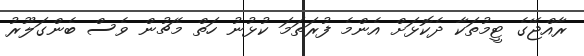
ރާއްޖޭގެ ޓީމުތަކާ ދެކޮޅަށް އެންމެ ފުރަތަމަ ކުޅުނު ހަތް މެޗުން ވެސް ބެންގަލޫރު